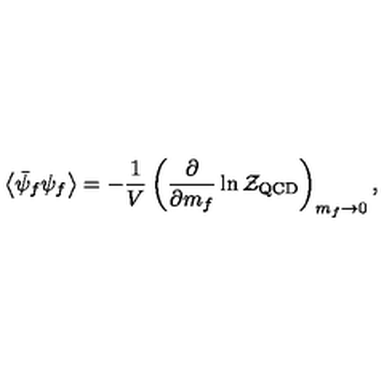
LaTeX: \left< \bar { \psi } _ { f } \psi _ { f } \right> = - \frac { 1 } { V } \left( \frac { \partial } { \partial m _ { f } } \ln { \cal Z } _ { \mathrm { Q C D } } \right) _ { m _ { f } \to 0 } ,